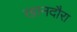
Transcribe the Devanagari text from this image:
खानदौरा